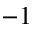
- 1